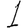
Digit: 1